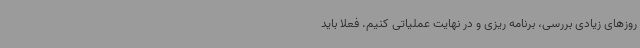
روزهای زیادی بررسی، برنامه ریزی و در نهایت عملیاتی کنیم. فعلا باید